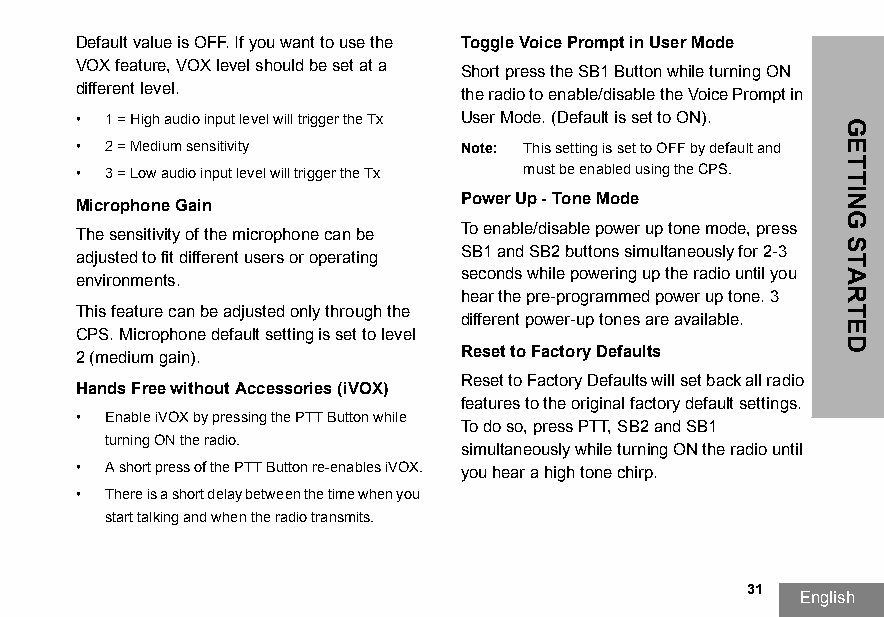
Default value is OFF. If you want to use the Toggle Voice Prompt in User Mode
 VOX feature, VOX level should be set at a
 Short press the SB1 Button while turning ON
 different level.
 the radio to enable/disable the Voice Prompt in
 • 1 = High audio input level will trigger the Tx User Mode. (Default is set to ON).
 • 2 = Medium sensitivity  Note: This setting is set to OFF by default and
 • 3 = Low audio input level will trigger the Tx must be enabled using the CPS.
 Microphone Gain           Power Up - Tone Mode
 The sensitivity of the microphone can be To enable/disable power up tone mode, press
 adjusted to fit different users or operating SB1 and SB2 buttons simultaneously for 2-3
 environments.             seconds while powering up the radio until you
 hear the pre-programmed power up tone. 3
 This feature can be adjusted only through the
 different power-up tones are available.
 CPS. Microphone default setting is set to level
 2 (medium gain).          Reset to Factory Defaults
 Reset to Factory Defaults will set back all radio
 Hands Free without Accessories (iVOX)
 features to the original factory default settings.
 • Enable iVOX by pressing the PTT Button while
 To do so, press PTT, SB2 and SB1
 turning ON the radio.
 simultaneously while turning ON the radio until
 • A short press of the PTT Button re-enables iVOX. you hear a high tone chirp.
 • There is a short delay between the time when you
 start talking and when the radio transmits.
 31
 English
 GETTING
 STARTED